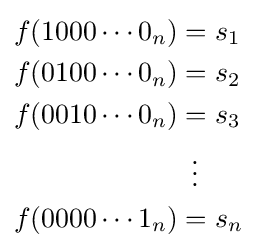
{\begin{aligned}f(1000\cdots 0_{n})&=s_{1}\\f(0100\cdots 0_{n})&=s_{2}\\f(0010\cdots 0_{n})&=s_{3}\\&\,\,\,\vdots \\f(0000\cdots 1_{n})&=s_{n}\\\end{aligned}}